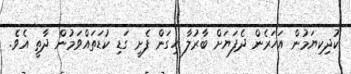
ކުދިކިޔަމުން އަހަރެން ދެފަޔަށް ބާރުލާ ހިގަން ފެށީ ގަޑި ކުޑަތައްވަމުން ދާތީ އެވެ.